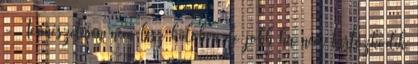
- Természetesen nem lesz kidobva,de jobb ha nem tartózkodik